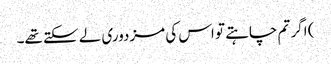
) اگر تم چاہتے تو اس کی مزدوری لے سکتے تھے۔